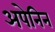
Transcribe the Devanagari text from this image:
अपेनिन